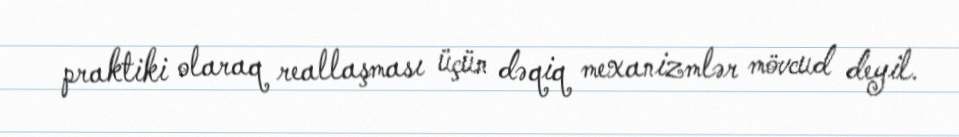
praktiki olaraq reallaşması üçün dəqiq mexanizmlər mövcud deyil.